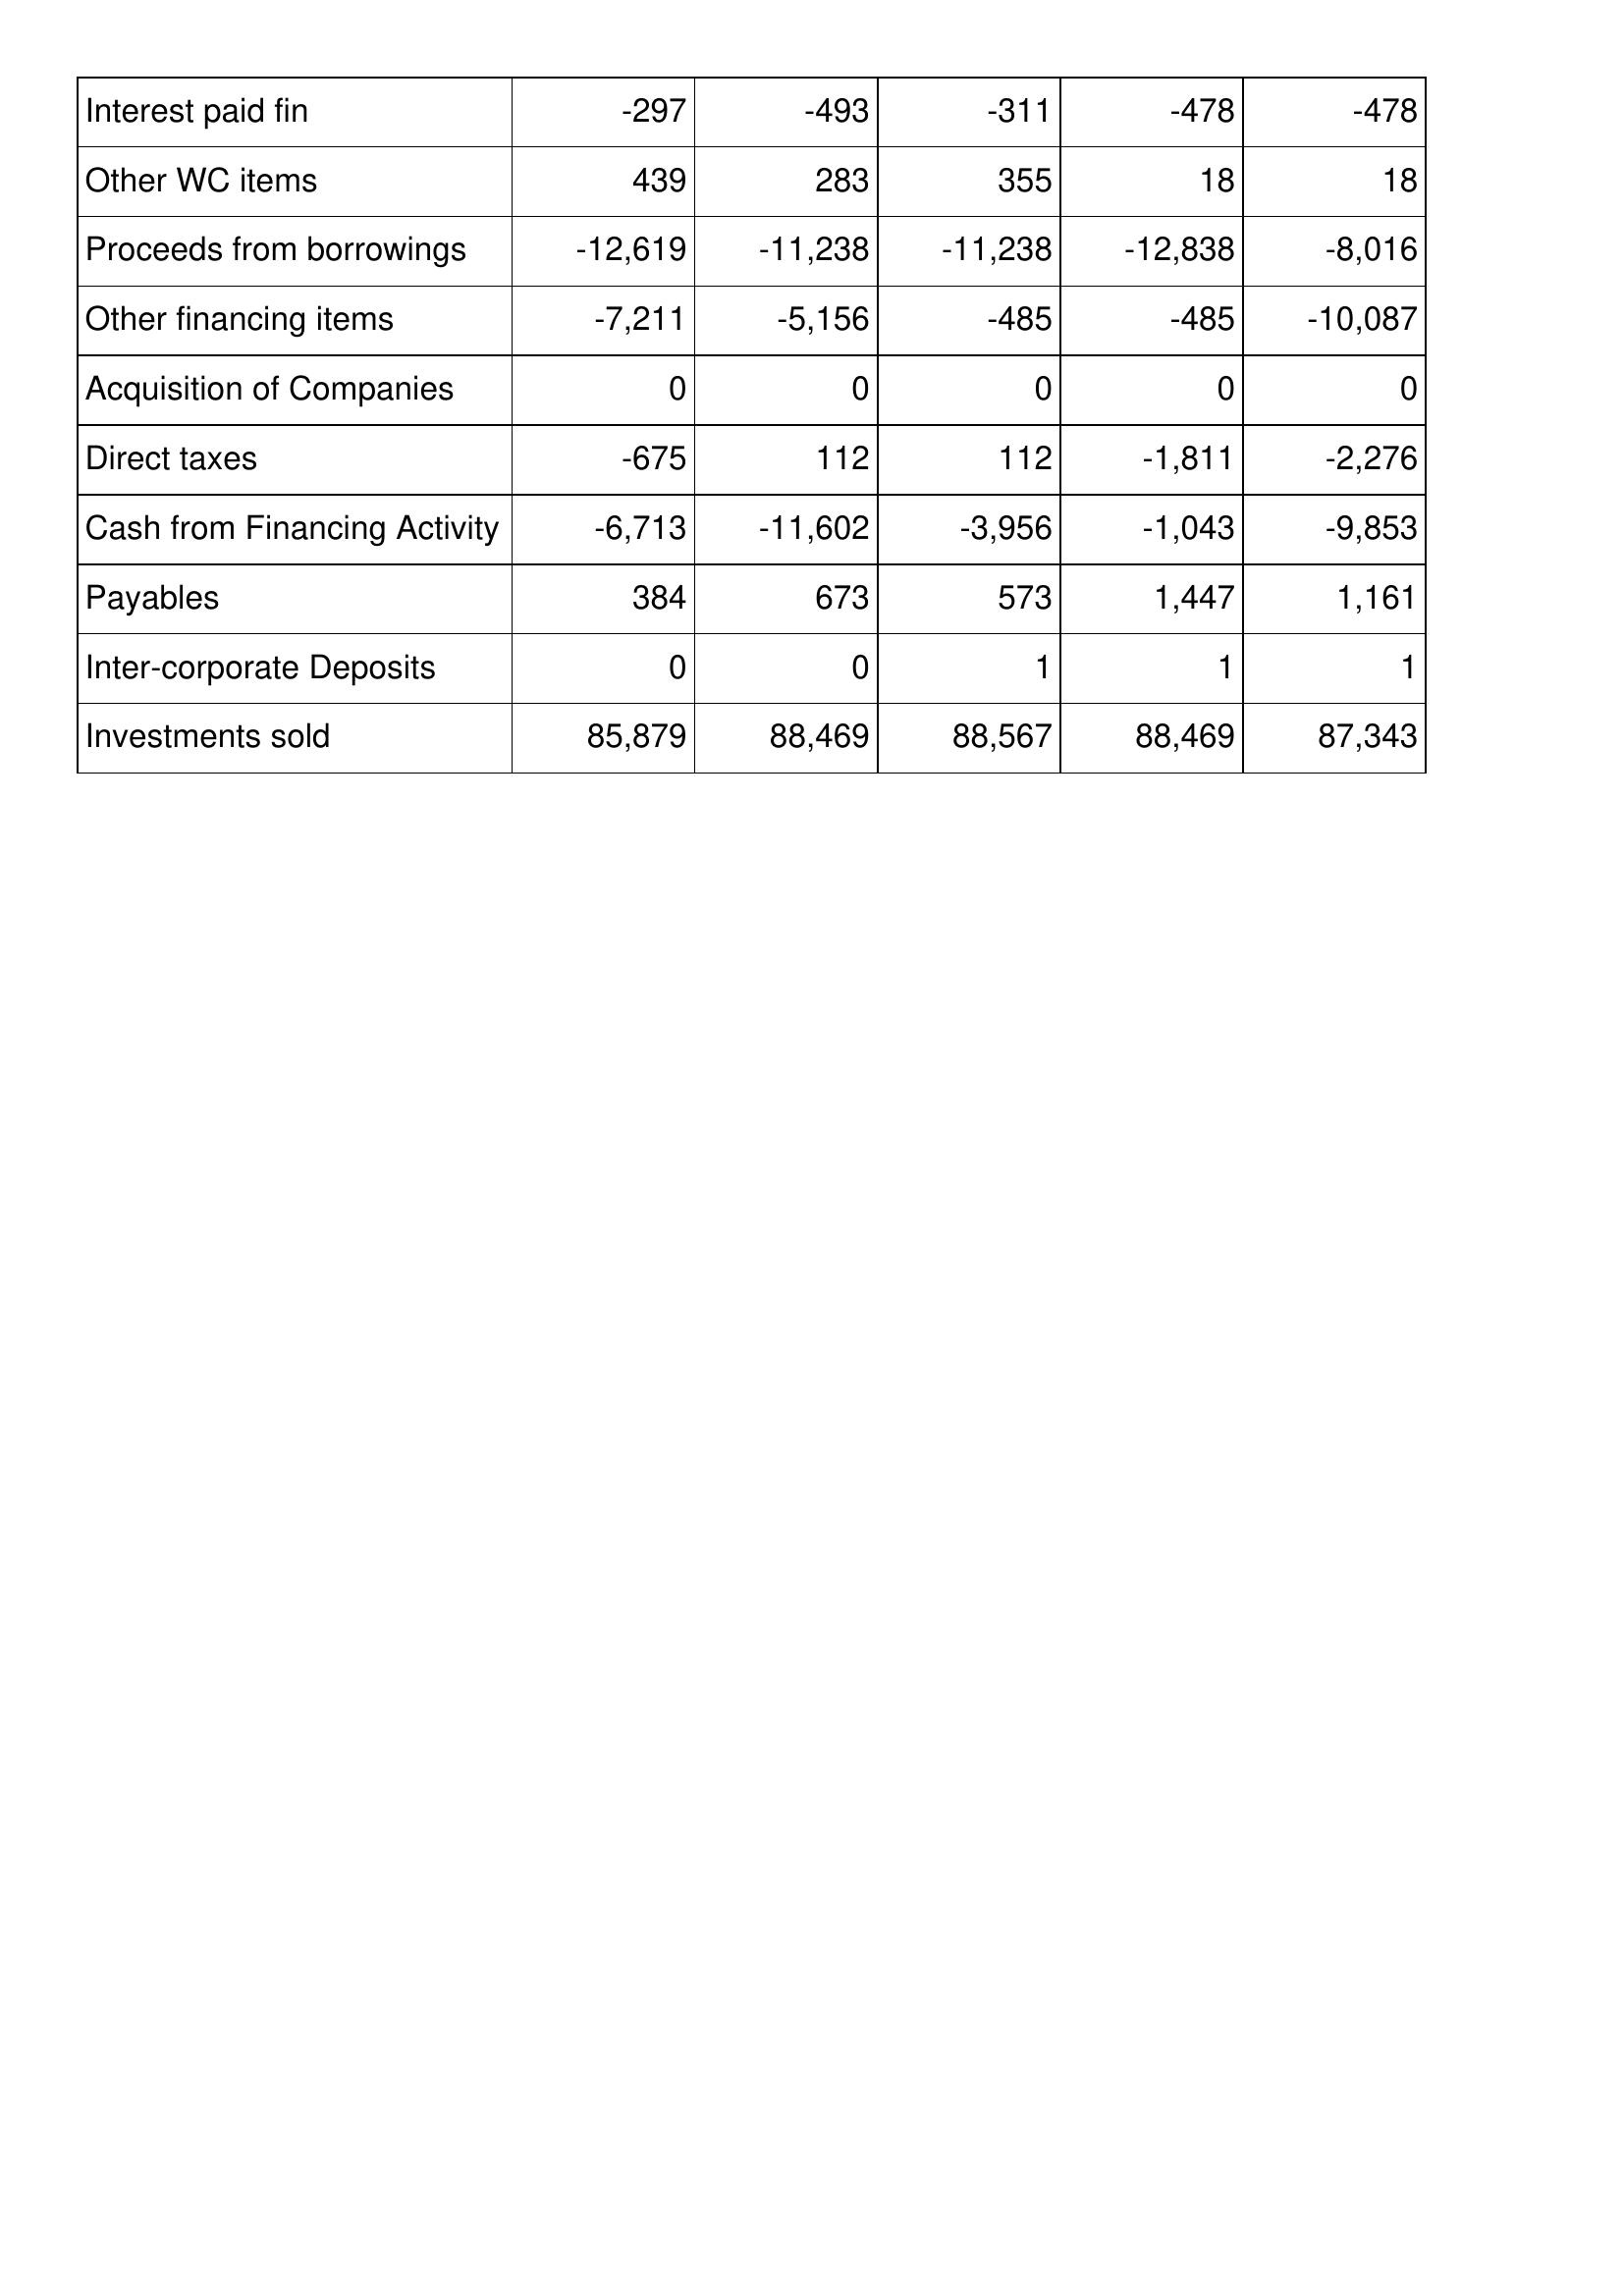
May-17: Cash Flows: Interest paid fin: -297
Other WC items: 439
Proceeds from borrowings: -12,619
Other financing items: -7,211
Acquisition of Companies: 0
Direct taxes: -675
Cash from Financing Activity: -6,713
Payables: 384
Inter-corporate Deposits: 0
Investments sold: 85,879
May-18: Cash Flows: Interest paid fin: -493
Other WC items: 283
Proceeds from borrowings: -11,238
Other financing items: -5,156
Acquisition of Companies: 0
Direct taxes: 112
Cash from Financing Activity: -11,602
Payables: 673
Inter-corporate Deposits: 0
Investments sold: 88,469
May-19: Cash Flows: Interest paid fin: -311
Other WC items: 355
Proceeds from borrowings: -11,238
Other financing items: -485
Acquisition of Companies: 0
Direct taxes: 112
Cash from Financing Activity: -3,956
Payables: 573
Inter-corporate Deposits: 1
Investments sold: 88,567
May-20: Cash Flows: Interest paid fin: -478
Other WC items: 18
Proceeds from borrowings: -12,838
Other financing items: -485
Acquisition of Companies: 0
Direct taxes: -1,811
Cash from Financing Activity: -1,043
Payables: 1,447
Inter-corporate Deposits: 1
Investments sold: 88,469
May-21: Cash Flows: Interest paid fin: -478
Other WC items: 18
Proceeds from borrowings: -8,016
Other financing items: -10,087
Acquisition of Companies: 0
Direct taxes: -2,276
Cash from Financing Activity: -9,853
Payables: 1,161
Inter-corporate Deposits: 1
Investments sold: 87,343